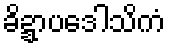
ခိဍ္ဍာပဒေါသိကံ